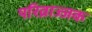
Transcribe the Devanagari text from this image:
परिव्राज्जक